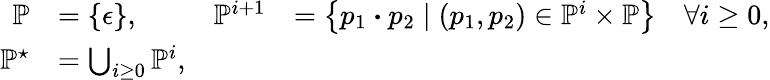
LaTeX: \begin{array}{rlrl}{\mathbb{P}}&{=\{ \epsilon\} ,}&{\mathbb{P}^{i+1}}&{=\left\{ p_{1}\boldsymbol{\cdot}p_{2}\; |\; (p_{1},p_{2})\in\mathbb{P}^{i}\times\mathbb{P}\right\} \quad\forall i\geq 0,}\\ {\mathbb{P}^{\star}}&{=\bigcup_{i\geq 0}\mathbb{P}^{i},}\end{array}